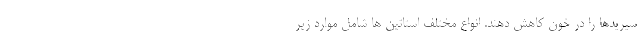
سیریدها را در خون کاهش دهند. انواع مختلف استاتین ها شامل موارد زیر